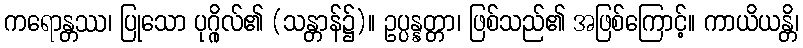
ကရောန္တဿ၊ ပြုသော ပုဂ္ဂိုလ်၏ (သန္တာန်၌)။ ဥပ္ပန္နတ္တာ၊ ဖြစ်သည်၏ အဖြစ်ကြောင့်။ ကာယိယန္တိ၊